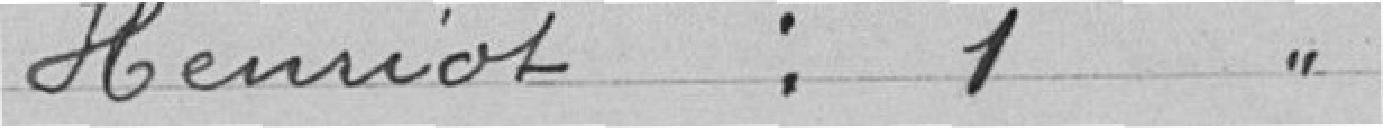
HENRIOT : 1 voix